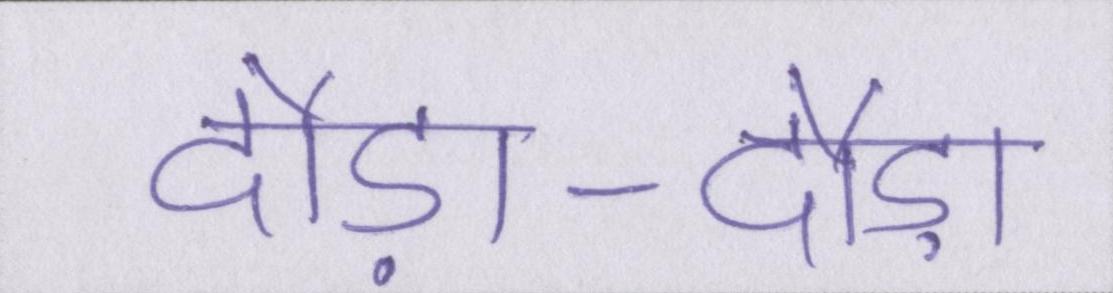
दौड़ा-दौड़ा